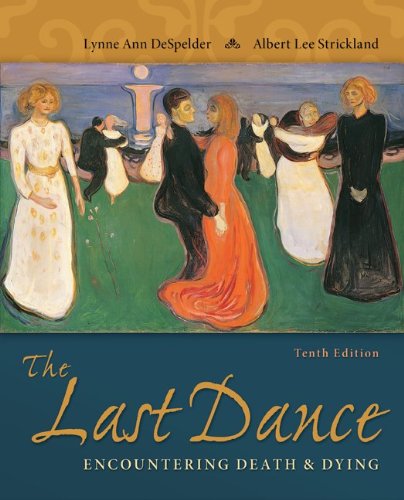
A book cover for The Last Dance: Encountering Death and Dying; Lynne Ann DeSpelder; Self-Help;